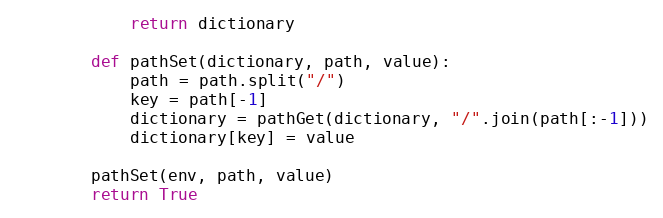
Language: Python
            return dictionary

        def pathSet(dictionary, path, value):
            path = path.split("/")
            key = path[-1]
            dictionary = pathGet(dictionary, "/".join(path[:-1]))
            dictionary[key] = value

        pathSet(env, path, value)
        return True